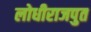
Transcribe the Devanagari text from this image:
लोधीराजपुत